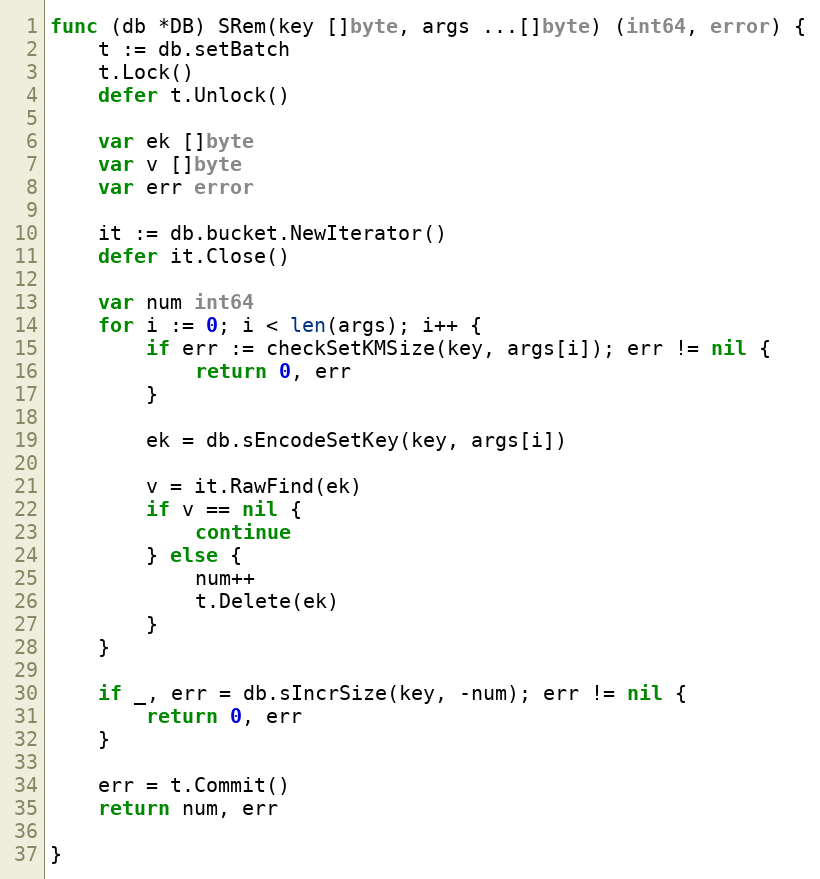
Language: Go
func (db *DB) SRem(key []byte, args ...[]byte) (int64, error) {
	t := db.setBatch
	t.Lock()
	defer t.Unlock()

	var ek []byte
	var v []byte
	var err error

	it := db.bucket.NewIterator()
	defer it.Close()

	var num int64
	for i := 0; i < len(args); i++ {
		if err := checkSetKMSize(key, args[i]); err != nil {
			return 0, err
		}

		ek = db.sEncodeSetKey(key, args[i])

		v = it.RawFind(ek)
		if v == nil {
			continue
		} else {
			num++
			t.Delete(ek)
		}
	}

	if _, err = db.sIncrSize(key, -num); err != nil {
		return 0, err
	}

	err = t.Commit()
	return num, err

}